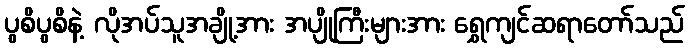
ပွစိပွစိနဲ့ လိုအပ်သူအချို့အား အပျိုကြီးများအား ရွှေကျင်ဆရာတော်သည်